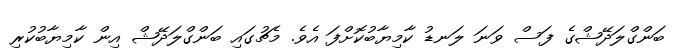
ބަންގްލަދޭޝްގެ ފަސް ވަނަ ލަނޑު ކާމިޔާބުކޮށްފަ އެވެ. މެޗުގައި ބަންގްލަދޭޝް އިން ކާމިޔާބުކުރި